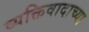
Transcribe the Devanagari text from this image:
व्यक्तिवादाच्या